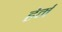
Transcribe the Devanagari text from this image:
हेर्म